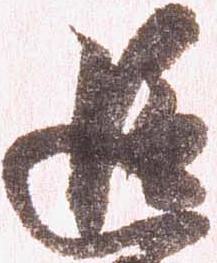
追